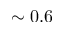
\sim 0 . 6